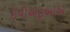
ઈપીએફઓએ